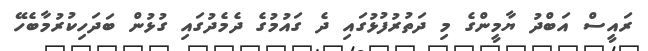
ރައީސް އަބްދު ޔާމީންގެ މި ދަތުރުފުޅުގައި ދެ ގައުމުގެ ދެމެދުގައި ގުޅުން ބަދަހިކުރުމާބެހޭ